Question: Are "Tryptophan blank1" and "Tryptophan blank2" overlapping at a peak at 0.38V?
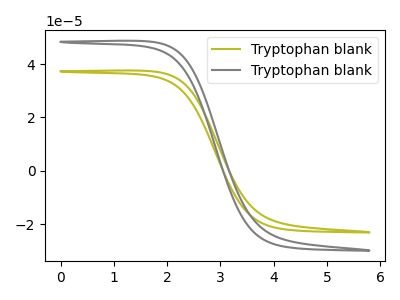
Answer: <think>The olive curve "Tryptophan blank1" has no peaks. The gray curve "Tryptophan blank2" has no peaks.</think>
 <answer>No, "Tryptophan blank1" and "Tryptophan blank2" dont share a peak at 0.38V.</answer>
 <eval>mismatch</eval>